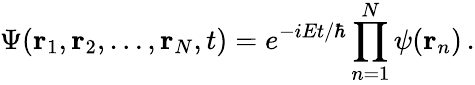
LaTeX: \Psi(\mathbf{r}_{1},\mathbf{r}_{2},\ldots,\mathbf{r}_{N},t)=e^{-i{Et/\hbar}}\prod_{n=1}^{N}\psi(\mathbf{r}_{n})\, .